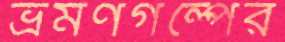
ভ্রমণগল্পের